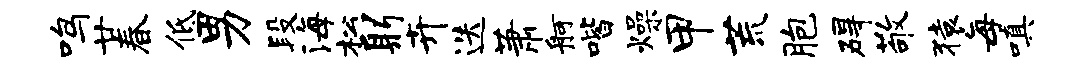
鸣廿春低男段海松躬卉迭萧舸喈燥甲荒胞碍敬猿每嗔